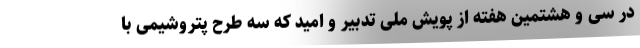
در سی و هشتمین هفته از پویش ملی تدبیر و امید که سه طرح پتروشیمی با